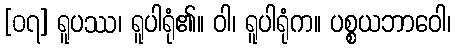
[၀၇] ရူပဿ၊ ရူပါရုံ၏။ ဝါ၊ ရူပါရုံက။ ပစ္စယဘာဝေါ၊